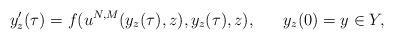
LaTeX: \begin{align*}y'_z(\tau) = f(u^{N,M}(y_z(\tau),z),y_z(\tau), z), \ \ \ \ \ y_z(0) = y \in Y,\end{align*}